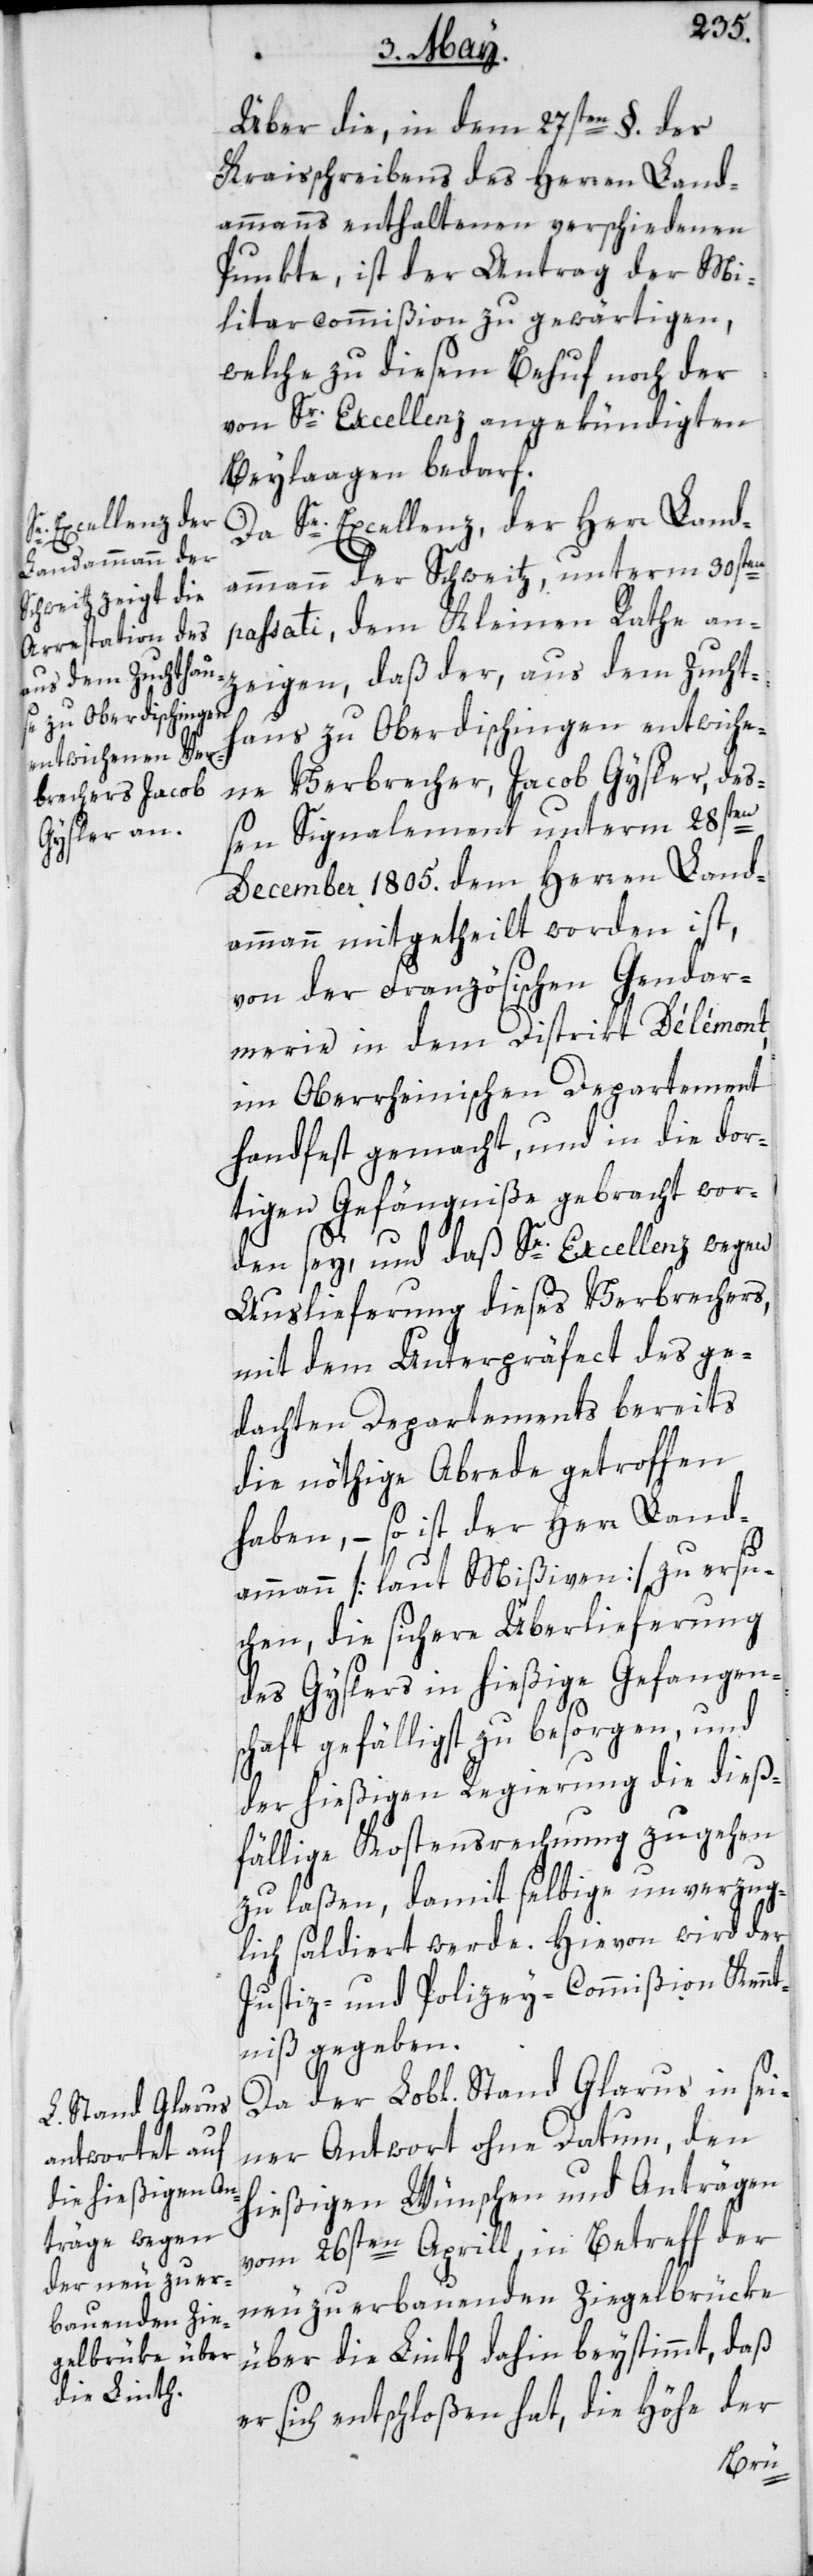
Se. Excellenz, der
Herr Lan¬

Über die, in dem 27sten §. des
Kraisschreibens des Herren Land¬
ammanns enthaltenen verschiedenen
Punkte, ist der Antrag der Mi¬
litarcommißion zu gewärtigen,
welche zu diesem Behuf noch der
von Sr. Excellenz angekündigten
Beylaagen bedarf.
dammann der Schweitz, unterm 30sten
passati, dem Kleinen Rathe an¬
zeigen, daß der, aus dem Zucht¬
haus zu Oberdischingen entwiche¬
ne Verbrecher, Jacob Gysler, de¬
ßen Signalement unterm 28sten
December 1805. dem Herren Land¬
ammann mitgetheilt worden ist,
von der Französischen Gendar¬
merie in dem District Delémont,
im Oberrheinischen Departement,
handfest gemacht, und in die dor¬
tigen Gefängniße gebracht wor¬
den sey, und daß Se. Excellenz wegen
Auslieferung dieses Verbrechers,
mit dem Unterpräfect des ge¬
dachten Departements bereits
die nöthige Abrede getroffen
haben, – so ist der Herr Land¬
ammann [laut Mißiven] zu ersu¬
chen, die sichere Überlieferung
des Gyslers in hießige Gefangen¬
schaft gefälligst zu besorgen, und
der hießigen Regierung die dieß¬
fällige Kostensrechnung zugehen
zu laßen, damit selbige unverzug¬
lich saldiert werde. Hievon wird der
Justiz- und Polizey-Commißion Kennt¬
niß gegeben.
Da der Lobl. Stand Glarus in sei¬
ner Antwort ohne Datum, den
hießigen Wünschen und Anträgen
vom 26sten Aprill in Betreff der
neu zu erbauenden Ziegelbrücke
über die Linth dahin beystimmt, daß
er sich entschloßen hat, die Höhe der